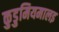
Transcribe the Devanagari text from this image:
कुडुमियमालइ